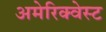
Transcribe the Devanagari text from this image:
अमेरिक्वेस्ट